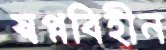
স্বপ্নবিহীন